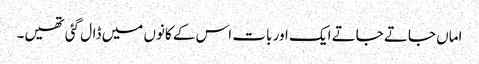
اماں جاتے جاتے ایک اور بات اس کے کانوں میں ڈال گئی تھیں۔